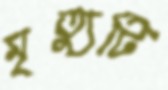
মৃত্যুটি